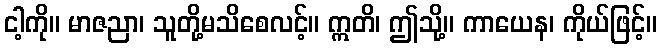
ငါ့ကို။ မာဇညာ၊ သူတို့မသိစေလင့်။ ဣတိ၊ ဤသို့။ ကာယေန၊ ကိုယ်ဖြင့်။